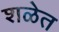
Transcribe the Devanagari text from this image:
शळेत